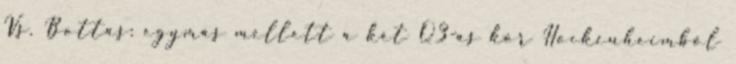
Vs.Bottas: egymás mellett a két Q3-as kör Hockenheimből